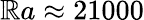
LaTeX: \mathbb{R}a\approx21000